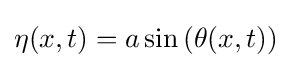
\eta (x,t)=a\sin \left(\theta (x,t)\right)